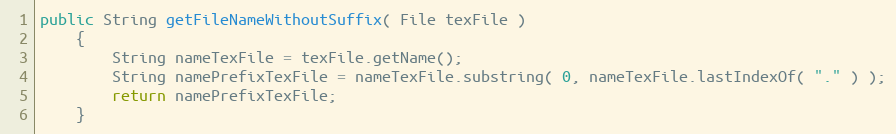
Language: Java
public String getFileNameWithoutSuffix( File texFile )
    {
        String nameTexFile = texFile.getName();
        String namePrefixTexFile = nameTexFile.substring( 0, nameTexFile.lastIndexOf( "." ) );
        return namePrefixTexFile;
    }